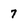
Character: 7